Report of an investigation of the epidemic of malarial fever in Assam, or, kala-azar
Disease focus: Malaria
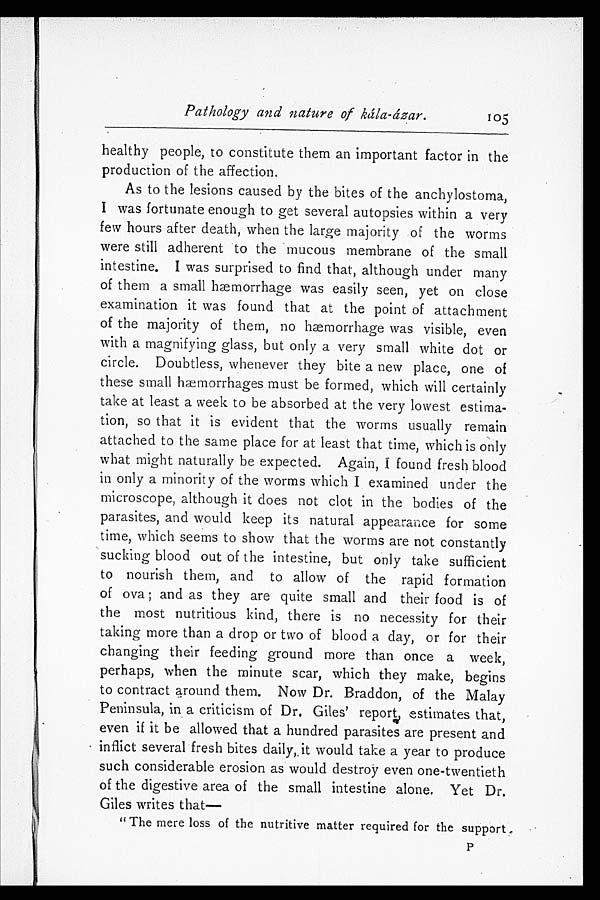
Pathology and nature of kála-ázar.
105
healthy people, to constitute them an important factor in the
production of the affection.
As to the lesions caused by the bites of the anchylostoma,
I was fortunate enough to get several autopsies within a very
few hours after death, when the large majority of the worms
were still adherent to the mucous membrane of the small
intestine. I was surprised to find that, although under many
of them a small hæmorrhage was easily seen, yet on close
examination it was found that at the point of attachment
of the majority of them, no hæmorrhage was visible, even
with a magnifying glass, but only a very small white dot or
circle. Doubtless, whenever they bite a new place, one of
these small hæmorrhages must be formed, which will certainly
take at least a week to be absorbed at the very lowest estima
-tion, so that it is evident that the worms usually remain
attached to the same place for at least that time, which is only
what might naturally be expected. Again, I found fresh blood
in only a minority of the worms which I examined under the
microscope, although it does not clot in the bodies of the
parasites, and would keep its natural appearance for some
time, which seems to show that the worms are not constantly
sucking blood out of the intestine, but only take sufficient
to nourish them, and to allow of the rapid formation
of ova; and as they are quite small and their food is of
the most nutritious kind, there is no necessity for their
taking more than a drop or two of blood a day, or for their
changing their feeding ground more than once a week,
perhaps, when the minute scar, which they make, begins
to contract around them. Now Dr. Braddon, of the Malay
Peninsula, in a criticism of Dr. Giles' report, estimates that,
even if it be allowed that a hundred parasites are present and
inflict several fresh bites daily, it would take a year to produce
such considerable erosion as would destroy even one-twentieth
of the digestive area of the small intestine alone. Yet Dr.
Giles writes that
—
"The mere loss of the nutritive matter required for the support P